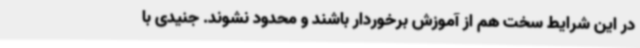
در این شرایط سخت هم از آموزش برخوردار باشند و محدود نشوند. جنیدی با